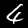
Digit: 4